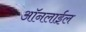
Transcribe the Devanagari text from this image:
ऑनलाईल